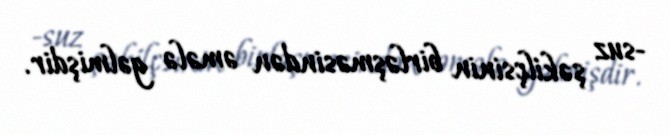
-suz şəkilçsinin birləşməsindən əmələ gəlmişdir.